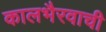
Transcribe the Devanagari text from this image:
कालभैरवाची